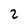
Character: 2